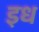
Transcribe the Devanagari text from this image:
इध